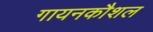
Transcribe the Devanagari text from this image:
गायनकौशल